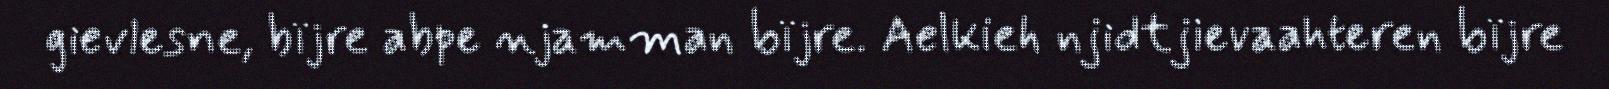
gievlesne, bïjre abpe njamman bïjre. Aelkieh njidtjievaahteren bïjre